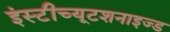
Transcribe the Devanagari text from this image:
इंस्टीच्यूटशनाइज्ड